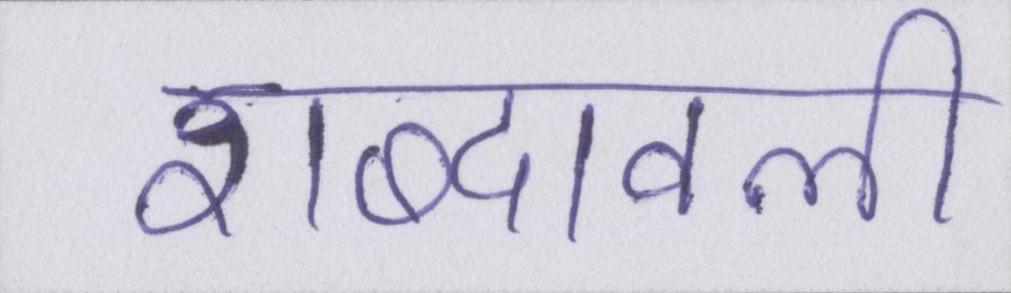
शब्दावली